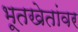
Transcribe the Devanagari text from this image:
भूतखेतांवर